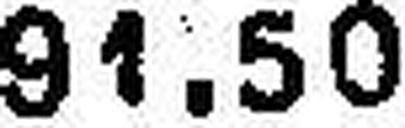
91.50